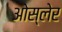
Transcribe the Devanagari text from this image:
ओस्लेर